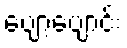
ပျော့ပျောင်း